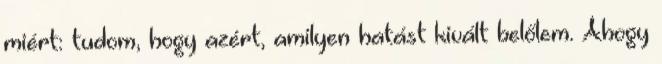
miért: tudom, hogy azért, amilyen hatást kivált belőlem. Ahogy